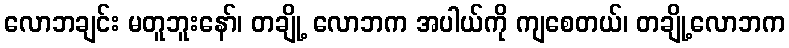
လောဘချင်း မတူဘူးနော်၊ တချို့ လောဘက အပါယ်ကို ကျစေတယ်၊ တချို့လောဘက